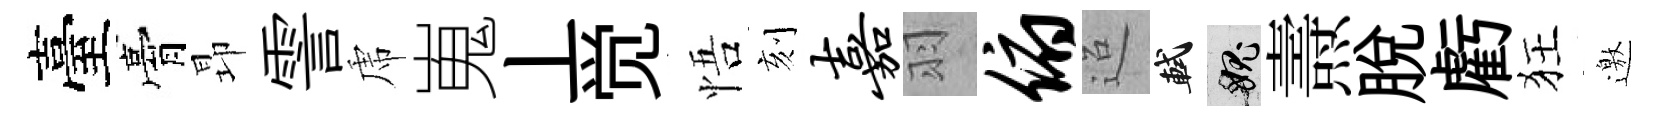
臺膏昻霅虎嵬丄觉悟刻嘉羽俯迢軾愧燾脱虧狂邀